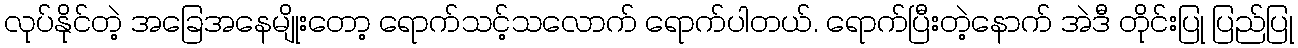
လုပ်နိုင်တဲ့ အခြေအနေမျိုးတော့ ရောက်သင့်သလောက် ရောက်ပါတယ်. ရောက်ပြီးတဲ့နောက် အဲဒီ တိုင်းပြု ပြည်ပြု